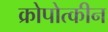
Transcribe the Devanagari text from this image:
क्रोपोत्कीन